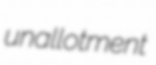
unallotment